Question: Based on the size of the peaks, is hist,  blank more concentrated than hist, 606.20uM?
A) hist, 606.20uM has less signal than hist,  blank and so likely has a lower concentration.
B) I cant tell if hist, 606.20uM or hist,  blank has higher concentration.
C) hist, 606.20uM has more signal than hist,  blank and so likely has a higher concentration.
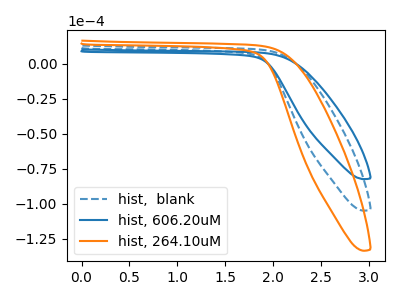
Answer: <think>The blue dashed curve "hist,  blank" has no peaks. The blue curve "hist, 606.20uM" has no peaks. The orange curve "hist, 264.10uM" has no peaks.
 Neither "hist, 606.20uM" or "hist,  blank" have any peaks.</think>
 <answer>B) I cant tell if "hist, 606.20uM" or "hist,  blank" has higher concentration.</answer>
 <eval>B</eval>